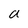
Character: a